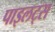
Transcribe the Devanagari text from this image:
पाइलट्स